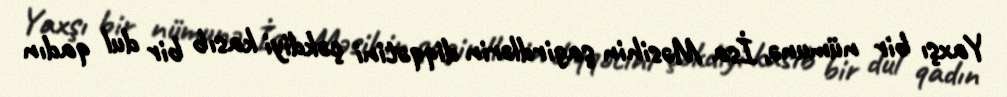
Yaxşı bir nümunə, İsa Məsihin şagirdlərin diqqətini çəkdiyi kasıb bir dul qadın